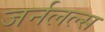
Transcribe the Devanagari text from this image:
जर्नलल्स